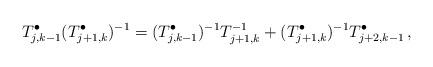
LaTeX: \begin{align*}T_{j,k-1}^\bullet (T_{j+1,k}^\bullet)^{-1} =(T_{j,k-1}^\bullet)^{-1} T_{j+1,k}^{-1}+(T_{j+1,k}^\bullet)^{-1}T_{j+2,k-1}^\bullet \, ,\end{align*}